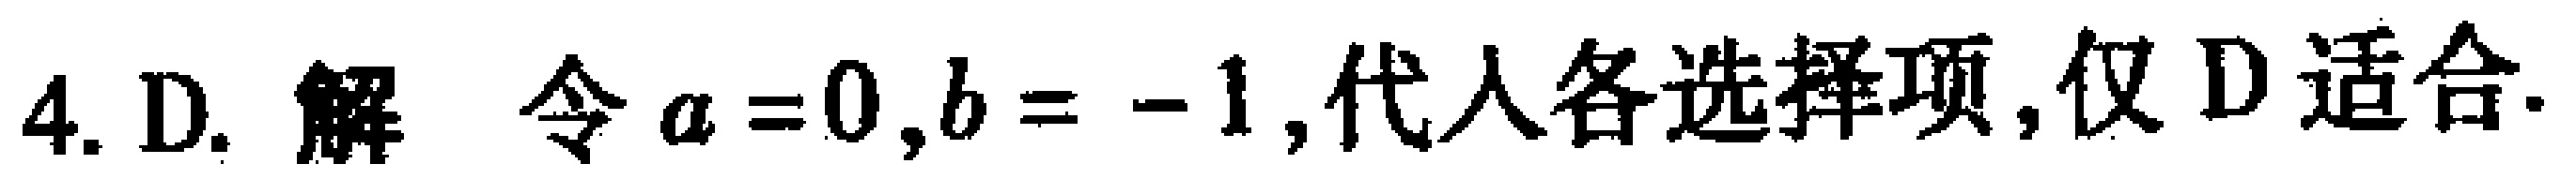
4. D. 解 令\(a = 0,b = - 1\),代入各选择项,仅 D 适合.